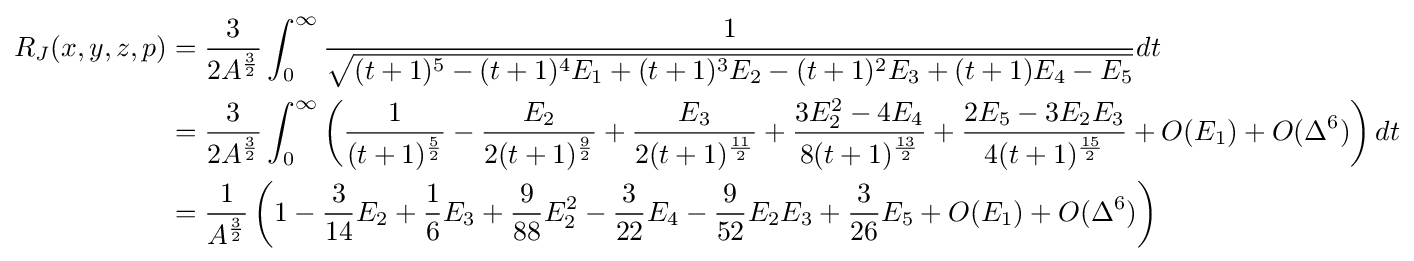
{\begin{aligned}R_{J}(x,y,z,p)&={\frac {3}{2A^{\frac {3}{2}}}}\int _{0}^{\infty }{\frac {1}{\sqrt {(t+1)^{5}-(t+1)^{4}E_{1}+(t+1)^{3}E_{2}-(t+1)^{2}E_{3}+(t+1)E_{4}-E_{5}}}}dt\\&={\frac {3}{2A^{\frac {3}{2}}}}\int _{0}^{\infty }\left({\frac {1}{(t+1)^{\frac {5}{2}}}}-{\frac {E_{2}}{2(t+1)^{\frac {9}{2}}}}+{\frac {E_{3}}{2(t+1)^{\frac {11}{2}}}}+{\frac {3E_{2}^{2}-4E_{4}}{8(t+1)^{\frac {13}{2}}}}+{\frac {2E_{5}-3E_{2}E_{3}}{4(t+1)^{\frac {15}{2}}}}+O(E_{1})+O(\Delta ^{6})\right)dt\\&={\frac {1}{A^{\frac {3}{2}}}}\left(1-{\frac {3}{14}}E_{2}+{\frac {1}{6}}E_{3}+{\frac {9}{88}}E_{2}^{2}-{\frac {3}{22}}E_{4}-{\frac {9}{52}}E_{2}E_{3}+{\frac {3}{26}}E_{5}+O(E_{1})+O(\Delta ^{6})\right)\end{aligned}}